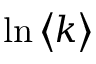
\ln \left\langle k \right\rangle